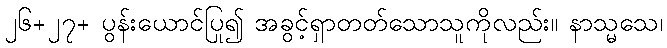
၂၆+၂၇+ ပွန်းယောင်ပြု၍ အခွင့်ရှာတတ်သောသူကိုလည်း။ နာသ္မသေ၊